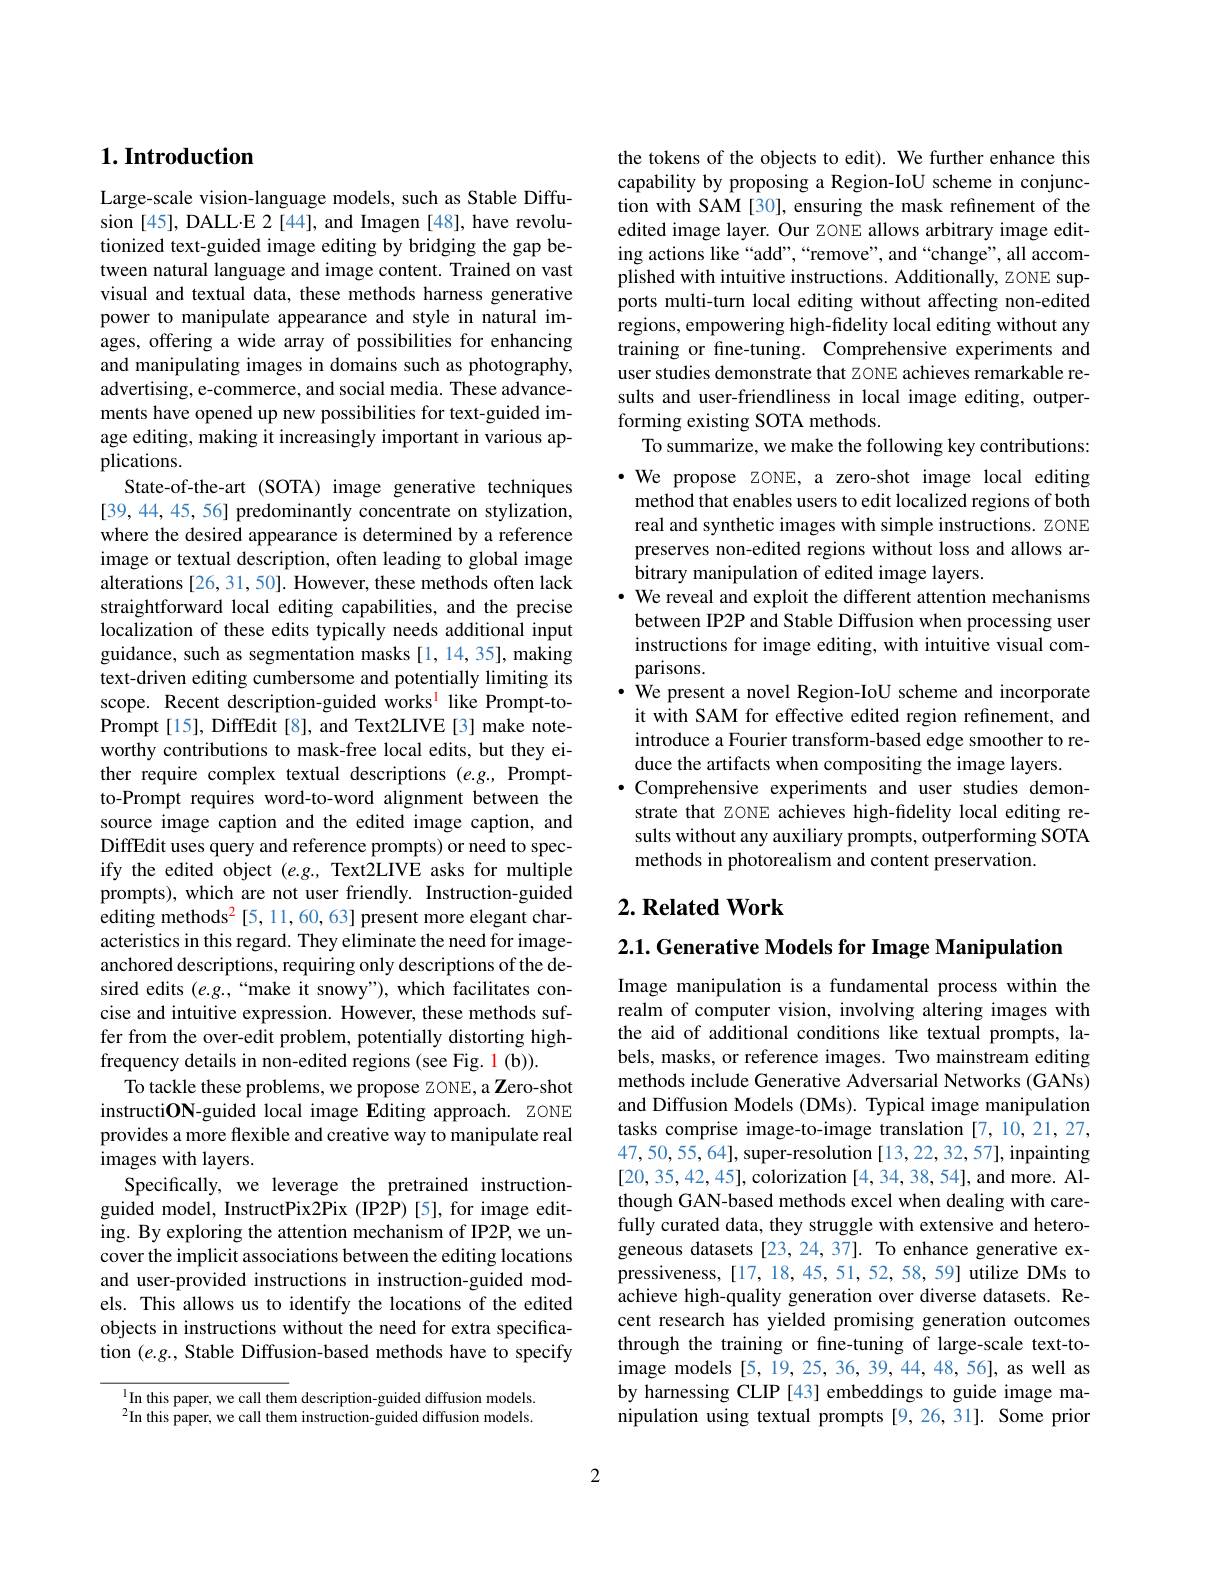
## $1. \textbf{Introduction}$

Large-scale vision-language models, such as Stable Diffusion [45], DALL·E 2 [44], and Imagen [48], have revolutionized text-guided image editing by bridging the gap between natural language and image content. Trained on vast visual and textual data, these methods harness generative power to manipulate appearance and style in natural images, offering a wide array of possibilities for enhancing and manipulating images in domains such as photography, advertising, e-commerce, and social media. These advancements have opened up new possibilities for text-guided image editing, making it increasingly important in various applications.
State-of-the-art (SOTA) image generative techniques [39,44,45,56] predominantly concentrate on stylization, where the desired appearance is determined by a reference image or textual description, often leading to global image alterations [26, 31, 50]. However, these methods often lack straightforward local editing capabilities, and the precise localization of these edits typically needs additional input guidance, such as segmentation masks [1,14,35], making text-driven editing cumbersome and potentially limiting its scope. Recent description-guided works$^{\mathrm{l}}$ like Prompt-toPrompt[15], DiffEdit[8], and Text2LIVE[3] make noteworthy contributions to mask-free local edits, but they either require complex textual descriptions (e.g., Promptto-Prompt requires word-to-word alignment between the source image caption and the edited image caption, and DiffEdit uses query and reference prompts) or need to specify the edited object $(e.g.$, Text2LIVE asks for multiple prompts), which are not user friendly. Instruction-guided editing methods$^2[5,11,60,63]$ present more elegant characteristics in this regard. They eliminate the need for imageanchored descriptions, requiring only descriptions of the desired edits $(e.g.,“$make it snowy"), which facilitates concise and intuitive expression. However, these methods suffer from the over-edit problem, potentially distorting highfrequency details in non-edited regions (see Fig. 1(b)).
To tackle these problems, we propose zoNE, a Zero-shot instructiON-guided local image Editing approach. ZONE provides a more flexible and creative way to manipulate real images with layers.
Specifically, we leverage the pretrained instructionguided model, InstructPix2Pix (IP2P)[5], for image editing. By exploring the attention mechanism of IP2P, we uncover the implicit associations between the editing locations and user-provided instructions in instruction-guided models. This allows us to identify the locations of the edited objects in instructions without the need for extra specification $(e.g.$, Stable Diffusion-based methods have to specify

In this paper, we call them description-guided diffusion models. $^{2}$In this paper, we call them instruction-guided diffusion models.

the tokens of the objects to edit). We further enhance this capability by proposing a Region-IoU scheme in conjunction with SAM[30], ensuring the mask refinement of the edited image layer. Our zoNE allows arbitrary image editing actions like “add”,“remove”, and“change”, all accomplished with intuitive instructions. Additionally, ZONE supports multi-turn local editing without affecting non-edited regions, empowering high-fidelity local editing without any training or fne-tuning. Comprehensive experiments and user studies demonstrate that ZONE achieves remarkable results and user-friendliness in local image editing, outperforming existing SOTA methods.
To summarize, we make the following key contributions: $\cdot$ We propose ZONE, a zero-shot image local editing method that enables users to edit localized regions of both real and synthetic images with simple instructions. ZONE preserves non-edited regions without loss and allows arbitrary manipulation of edited image layers.
$\cdot$ We reveal and exploit the different attention mechanisms between IP2P and Stable Diffusion when processing user instructions for image editing, with intuitive visual comparisons.
· We present a novel Region-IoU scheme and incorporate it with SAM for effective edited region refinement, and introduce a Fourier transform-based edge smoother to reduce the artifacts when compositing the image layers.
$\bullet$ Comprehensive experiments and user studies demonstrate that zONE achieves high-fidelity local editing results without any auxiliary prompts, outperforming SOTA methods in photorealism and content preservation.

## $2. \textbf{Related Work}$

2.1. Generative Models for Image Manipulation

Image manipulation is a fundamental process within the realm of computer vision, involving altering images with the aid of additional conditions like textual prompts, labels, masks, or reference images. Two mainstream editing methods include Generative Adversarial Networks (GANs) and Diffusion Models (DMs). Typical image manipulation tasks comprise image-to-image translation [7,10,21,27, 47,50,55,64], super-resolution [13,22,32,57], inpainting [20,35,42,45],colorization [4,34,38,54],and more. Although GAN-based methods excel when dealing with carefully curated data, they struggle with extensive and heterogeneous datasets [23, 24, 37]. To enhance generative expressiveness, [17, 18, 45, 51, 52, 58, 59] utilize DMs to achieve high-quality generation over diverse datasets. Recent research has yielded promising generation outcomes through the training or fine-tuning of large-scale text-toimage models [5,19,25,36,39,44,48,56], as well as by harnessing CLIP [43] embeddings to guide image manipulation using textual prompts [9,26,31]. Some prior

2